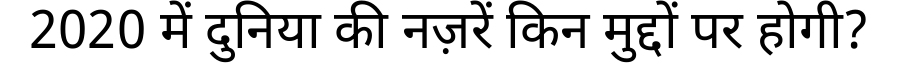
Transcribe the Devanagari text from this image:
2020 में दुनिया की नज़रें किन मुद्दों पर होगी?